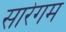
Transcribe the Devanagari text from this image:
सारेगम